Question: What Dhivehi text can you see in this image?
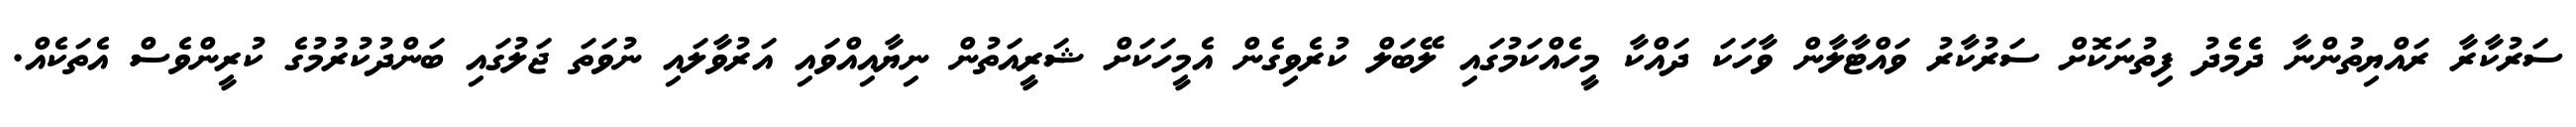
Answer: ސަރުކާރާ ރައްޔިތުންނާ ދެމެދު ފިތުނަކޮށް ސަރުކާރު ވައްޓާލާން ވާހަކަ ދައްކާ މީހެއްކަމުގައި ލޭބަލް ކުރެވިގެން އެމީހަކަށް ޝަރީއަތުން ނިޔާއިއްވައި އަރުވާލައި ނުވަތަ ޖަލުގައި ބަންދުކުރުމުގެ ކުރީންވެސް އެތަކެއް.